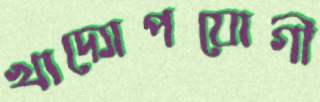
খাদ্যোপযোগী